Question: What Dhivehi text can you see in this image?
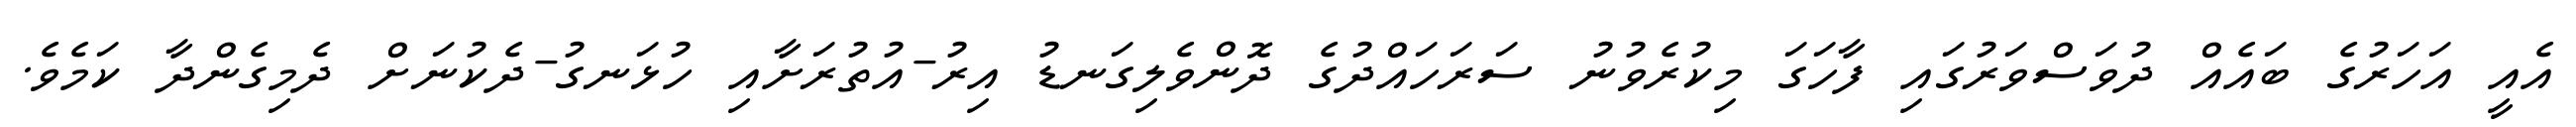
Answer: އެއީ އަހަރުގެ ބައެއް ދުވަސްވަރުގައި ފާހަގަ މިކުރެވުނު ސަރަހައްދުގެ ދޮންވެލިގަނޑު އިރު-އުތުރަށާއި ހުޅަނގު-ދެކުނަށް ދެމިގެންދާ ކަމެވެ.